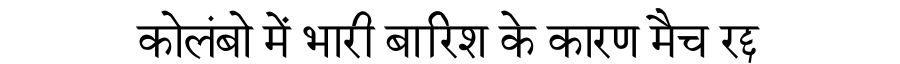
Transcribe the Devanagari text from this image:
कोलंबो में भारी बारिश के कारण मैच रद्द